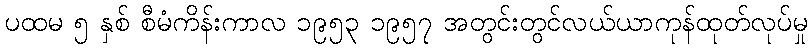
ပထမ ၅ နှစ် စီမံကိန်းကာလ ၁၉၅၃ ၁၉၅၇ အတွင်းတွင်လယ်ယာကုန်ထုတ်လုပ်မှု